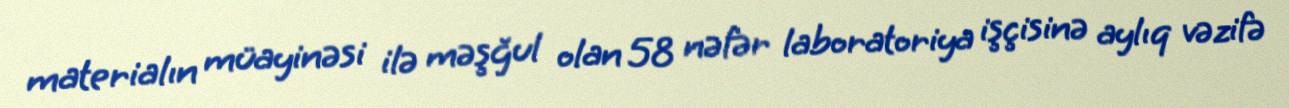
materialın müayinəsi ilə məşğul olan 58 nəfər laboratoriya işçisinə aylıq vəzifə